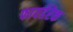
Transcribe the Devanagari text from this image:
फायर्डरेक